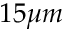
1 5 \mu m